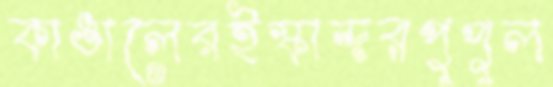
কাঙালেরইস্কান্দরপুপুল